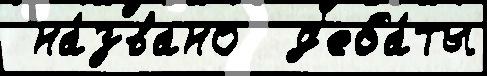
 на́звано  д'еба́ты